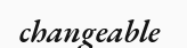
changeable